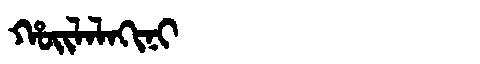
Manchu: ᡥᠣᡳᠯᠠᠯᠠᡴᡳᠨᡳ
Romanization: HOILALAKINI